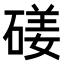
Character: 𥔣